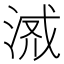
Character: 𣶔